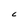
Character: C